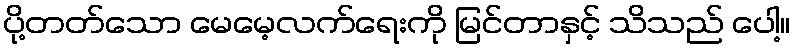
ပို့တတ်သော မေမေ့လက်ရေးကို မြင်တာနှင့် သိသည် ပေါ့။